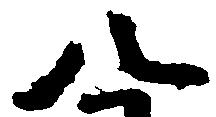
八